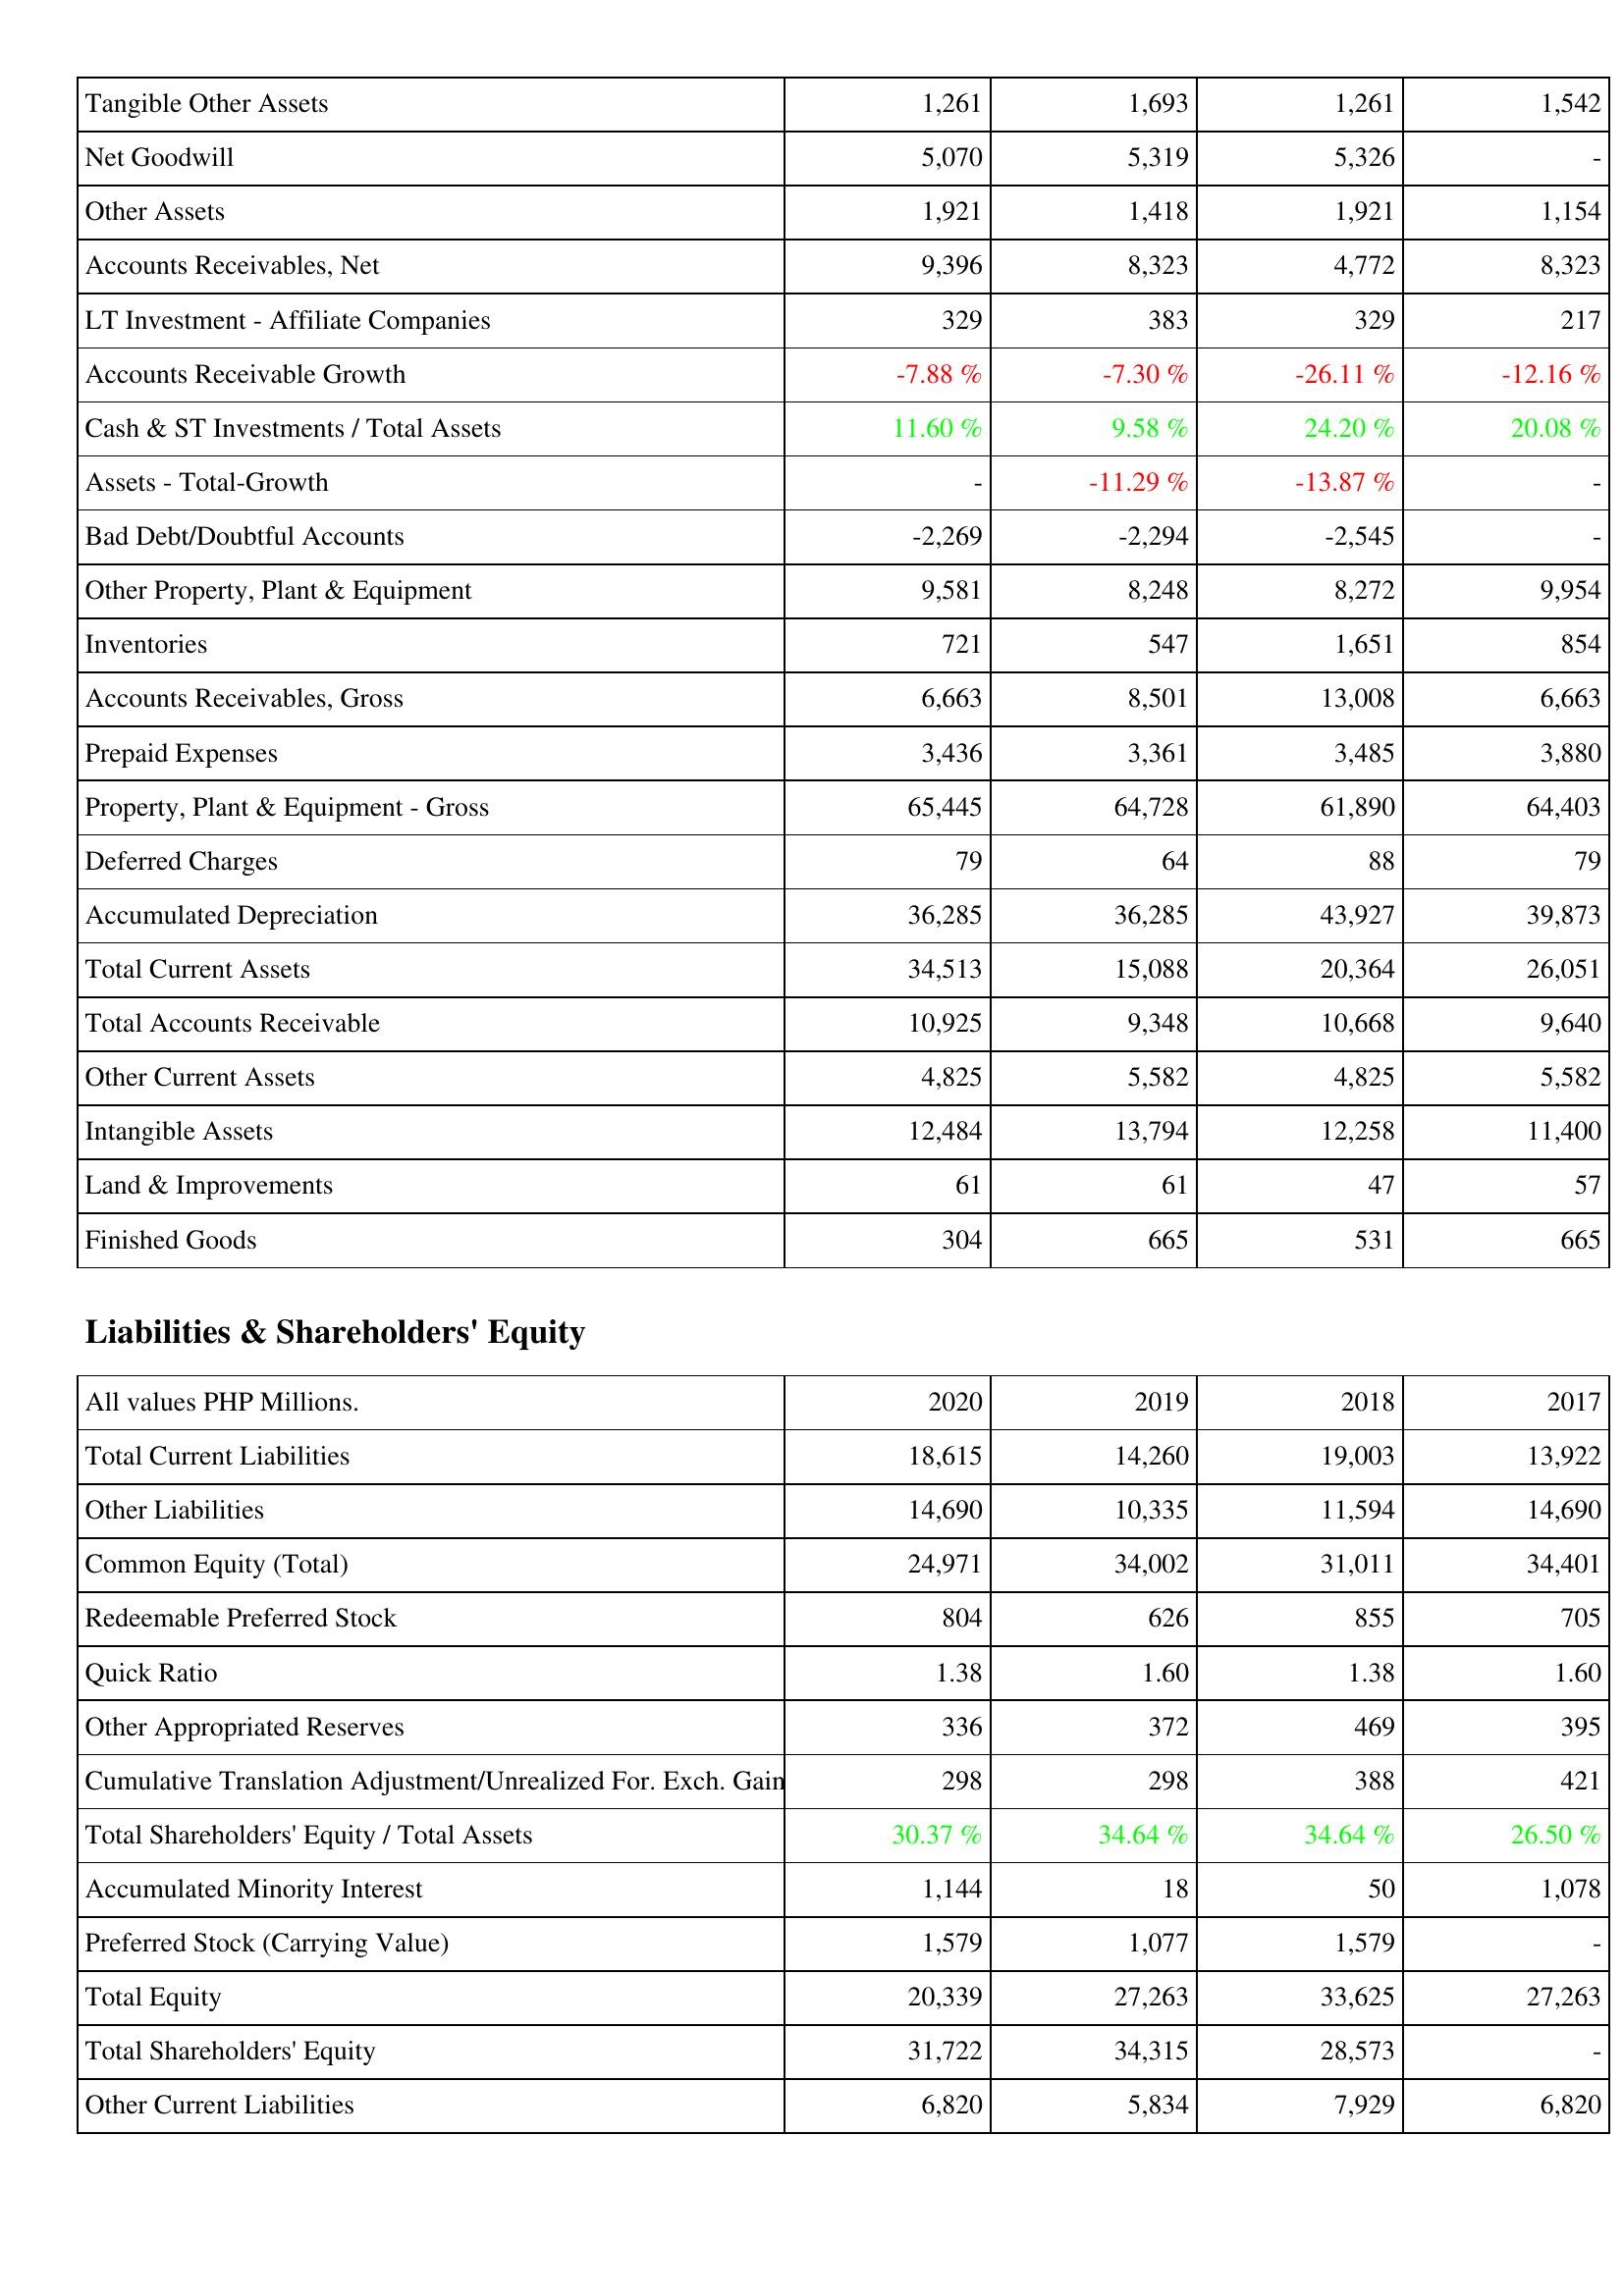
2020: Assets: Tangible Other Assets: 1,261
Net Goodwill: 5,070
Other Assets: 1,921
Accounts Receivables, Net: 9,396
LT Investment - Affiliate Companies: 329
Accounts Receivable Growth: -7.88 %
Cash & ST Investments / Total Assets: 11.60 %
Assets - Total-Growth: -
Bad Debt/Doubtful Accounts: -2,269
Other Property, Plant & Equipment: 9,581
Inventories: 721
Accounts Receivables, Gross: 6,663
Prepaid Expenses: 3,436
Property, Plant & Equipment - Gross: 65,445
Deferred Charges: 79
Accumulated Depreciation: 36,285
Total Current Assets: 34,513
Total Accounts Receivable: 10,925
Other Current Assets: 4,825
Intangible Assets: 12,484
Land & Improvements: 61
Finished Goods: 304
Liabilities & Shareholders' Equity: Total Current Liabilities: 18,615
Other Liabilities: 14,690
Common Equity (Total): 24,971
Redeemable Preferred Stock: 804
Quick Ratio: 1.38
Other Appropriated Reserves: 336
Cumulative Translation Adjustment/Unrealized For. Exch. Gain: 298
Total Shareholders' Equity / Total Assets: 30.37 %
Accumulated Minority Interest: 1,144
Preferred Stock (Carrying Value): 1,579
Total Equity: 20,339
Total Shareholders' Equity: 31,722
Other Current Liabilities: 6,820
2019: Assets: Tangible Other Assets: 1,693
Net Goodwill: 5,319
Other Assets: 1,418
Accounts Receivables, Net: 8,323
LT Investment - Affiliate Companies: 383
Accounts Receivable Growth: -7.30 %
Cash & ST Investments / Total Assets: 9.58 %
Assets - Total-Growth: -11.29 %
Bad Debt/Doubtful Accounts: -2,294
Other Property, Plant & Equipment: 8,248
Inventories: 547
Accounts Receivables, Gross: 8,501
Prepaid Expenses: 3,361
Property, Plant & Equipment - Gross: 64,728
Deferred Charges: 64
Accumulated Depreciation: 36,285
Total Current Assets: 15,088
Total Accounts Receivable: 9,348
Other Current Assets: 5,582
Intangible Assets: 13,794
Land & Improvements: 61
Finished Goods: 665
Liabilities & Shareholders' Equity: Total Current Liabilities: 14,260
Other Liabilities: 10,335
Common Equity (Total): 34,002
Redeemable Preferred Stock: 626
Quick Ratio: 1.60
Other Appropriated Reserves: 372
Cumulative Translation Adjustment/Unrealized For. Exch. Gain: 298
Total Shareholders' Equity / Total Assets: 34.64 %
Accumulated Minority Interest: 18
Preferred Stock (Carrying Value): 1,077
Total Equity: 27,263
Total Shareholders' Equity: 34,315
Other Current Liabilities: 5,834
2018: Assets: Tangible Other Assets: 1,261
Net Goodwill: 5,326
Other Assets: 1,921
Accounts Receivables, Net: 4,772
LT Investment - Affiliate Companies: 329
Accounts Receivable Growth: -26.11 %
Cash & ST Investments / Total Assets: 24.20 %
Assets - Total-Growth: -13.87 %
Bad Debt/Doubtful Accounts: -2,545
Other Property, Plant & Equipment: 8,272
Inventories: 1,651
Accounts Receivables, Gross: 13,008
Prepaid Expenses: 3,485
Property, Plant & Equipment - Gross: 61,890
Deferred Charges: 88
Accumulated Depreciation: 43,927
Total Current Assets: 20,364
Total Accounts Receivable: 10,668
Other Current Assets: 4,825
Intangible Assets: 12,258
Land & Improvements: 47
Finished Goods: 531
Liabilities & Shareholders' Equity: Total Current Liabilities: 19,003
Other Liabilities: 11,594
Common Equity (Total): 31,011
Redeemable Preferred Stock: 855
Quick Ratio: 1.38
Other Appropriated Reserves: 469
Cumulative Translation Adjustment/Unrealized For. Exch. Gain: 388
Total Shareholders' Equity / Total Assets: 34.64 %
Accumulated Minority Interest: 50
Preferred Stock (Carrying Value): 1,579
Total Equity: 33,625
Total Shareholders' Equity: 28,573
Other Current Liabilities: 7,929
2017: Assets: Tangible Other Assets: 1,542
Net Goodwill: -
Other Assets: 1,154
Accounts Receivables, Net: 8,323
LT Investment - Affiliate Companies: 217
Accounts Receivable Growth: -12.16 %
Cash & ST Investments / Total Assets: 20.08 %
Assets - Total-Growth: -
Bad Debt/Doubtful Accounts: -
Other Property, Plant & Equipment: 9,954
Inventories: 854
Accounts Receivables, Gross: 6,663
Prepaid Expenses: 3,880
Property, Plant & Equipment - Gross: 64,403
Deferred Charges: 79
Accumulated Depreciation: 39,873
Total Current Assets: 26,051
Total Accounts Receivable: 9,640
Other Current Assets: 5,582
Intangible Assets: 11,400
Land & Improvements: 57
Finished Goods: 665
Liabilities & Shareholders' Equity: Total Current Liabilities: 13,922
Other Liabilities: 14,690
Common Equity (Total): 34,401
Redeemable Preferred Stock: 705
Quick Ratio: 1.60
Other Appropriated Reserves: 395
Cumulative Translation Adjustment/Unrealized For. Exch. Gain: 421
Total Shareholders' Equity / Total Assets: 26.50 %
Accumulated Minority Interest: 1,078
Preferred Stock (Carrying Value): -
Total Equity: 27,263
Total Shareholders' Equity: -
Other Current Liabilities: 6,820